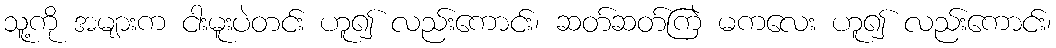
သူ့ကို အများက ငါးမူးပဲတင်း ဟူ၍ လည်းကောင်း၊ ဆတ်ဆတ်ကြဲ မကလေး ဟူ၍ လည်းကောင်း၊